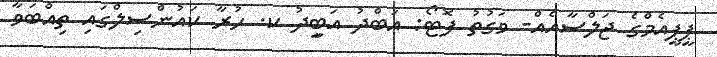
ޕީޕީއެމްގެ ޖަލްސާއެއް- ވަގުތު ފޮޓޯ: އަބްދު އަބިީދު ކ. ހުރާ ކައުންސިލްގައި ތިއްބަވާ